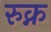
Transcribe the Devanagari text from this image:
रुक्न